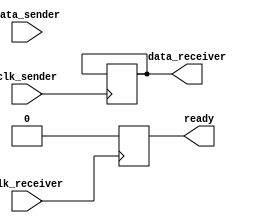
module Synchronizer (
    input wire clk_sender,
    input wire data_sender,
    output reg data_receiver,
    input wire clk_receiver,
    output reg ready
);

reg sync_state;
reg sampled_data;

always @(posedge clk_sender) begin
    case (sync_state)
        2'b00: begin // Initial state, wait for sender to assert data
            if (data_sender) begin
                sampled_data <= data_sender;
                sync_state <= 2'b01;
            end
        end
        2'b01: begin // Wait for receiver to be ready
            if (ready && (clk_sender == clk_receiver)) begin
                sync_state <= 2'b10;
            end
        end
        2'b10: begin // Transfer data to receiver
            data_receiver <= sampled_data;
            sync_state <= 2'b00;
        end
    endcase
end

always @(posedge clk_receiver) begin
    if (sync_state == 2'b10) begin
        ready <= 1;
    end else begin
        ready <= 0;
    end
end

endmodule